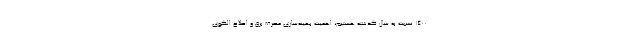
1400 نسبت به سال گذشته هستیم، اهمیت بهینه‌سازی مصرف برق و اصلاح الگوی